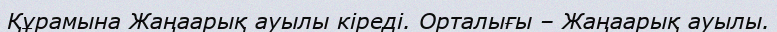
Құрамына Жаңаарық ауылы кіреді. Орталығы – Жаңаарық ауылы.